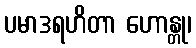
ပမာဒရဟိတာ ဟောန္တု၊